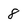
Character: 8